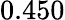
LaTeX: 0.450